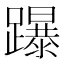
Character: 𨇅